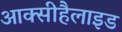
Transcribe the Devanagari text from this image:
आक्सीहैलाइड